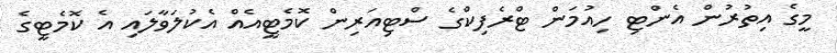
މީގެ އިތުރުން އެންޓި ހިއުމަން ޓްރެފިކްގެ ސްޓިއަރިން ކޮމެޓީއެއް އެކުލަވާލައި އެ ކޮމެޓީގެ